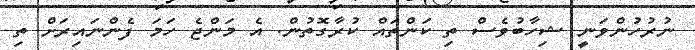
ނުރުހުންވަނީ ޝިހާބުވެސް ތި ކަންތައް ކުރާގޮތުން. އެ މަންޖެ ހަމަ ފެންނައިރަށް ތި